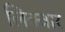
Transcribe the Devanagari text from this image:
लिक्वार